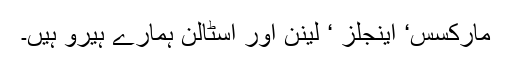
مارکسس‘ اینجلز ‘ لینن اور اسٹالن ہمارے ہیرو ہیں۔